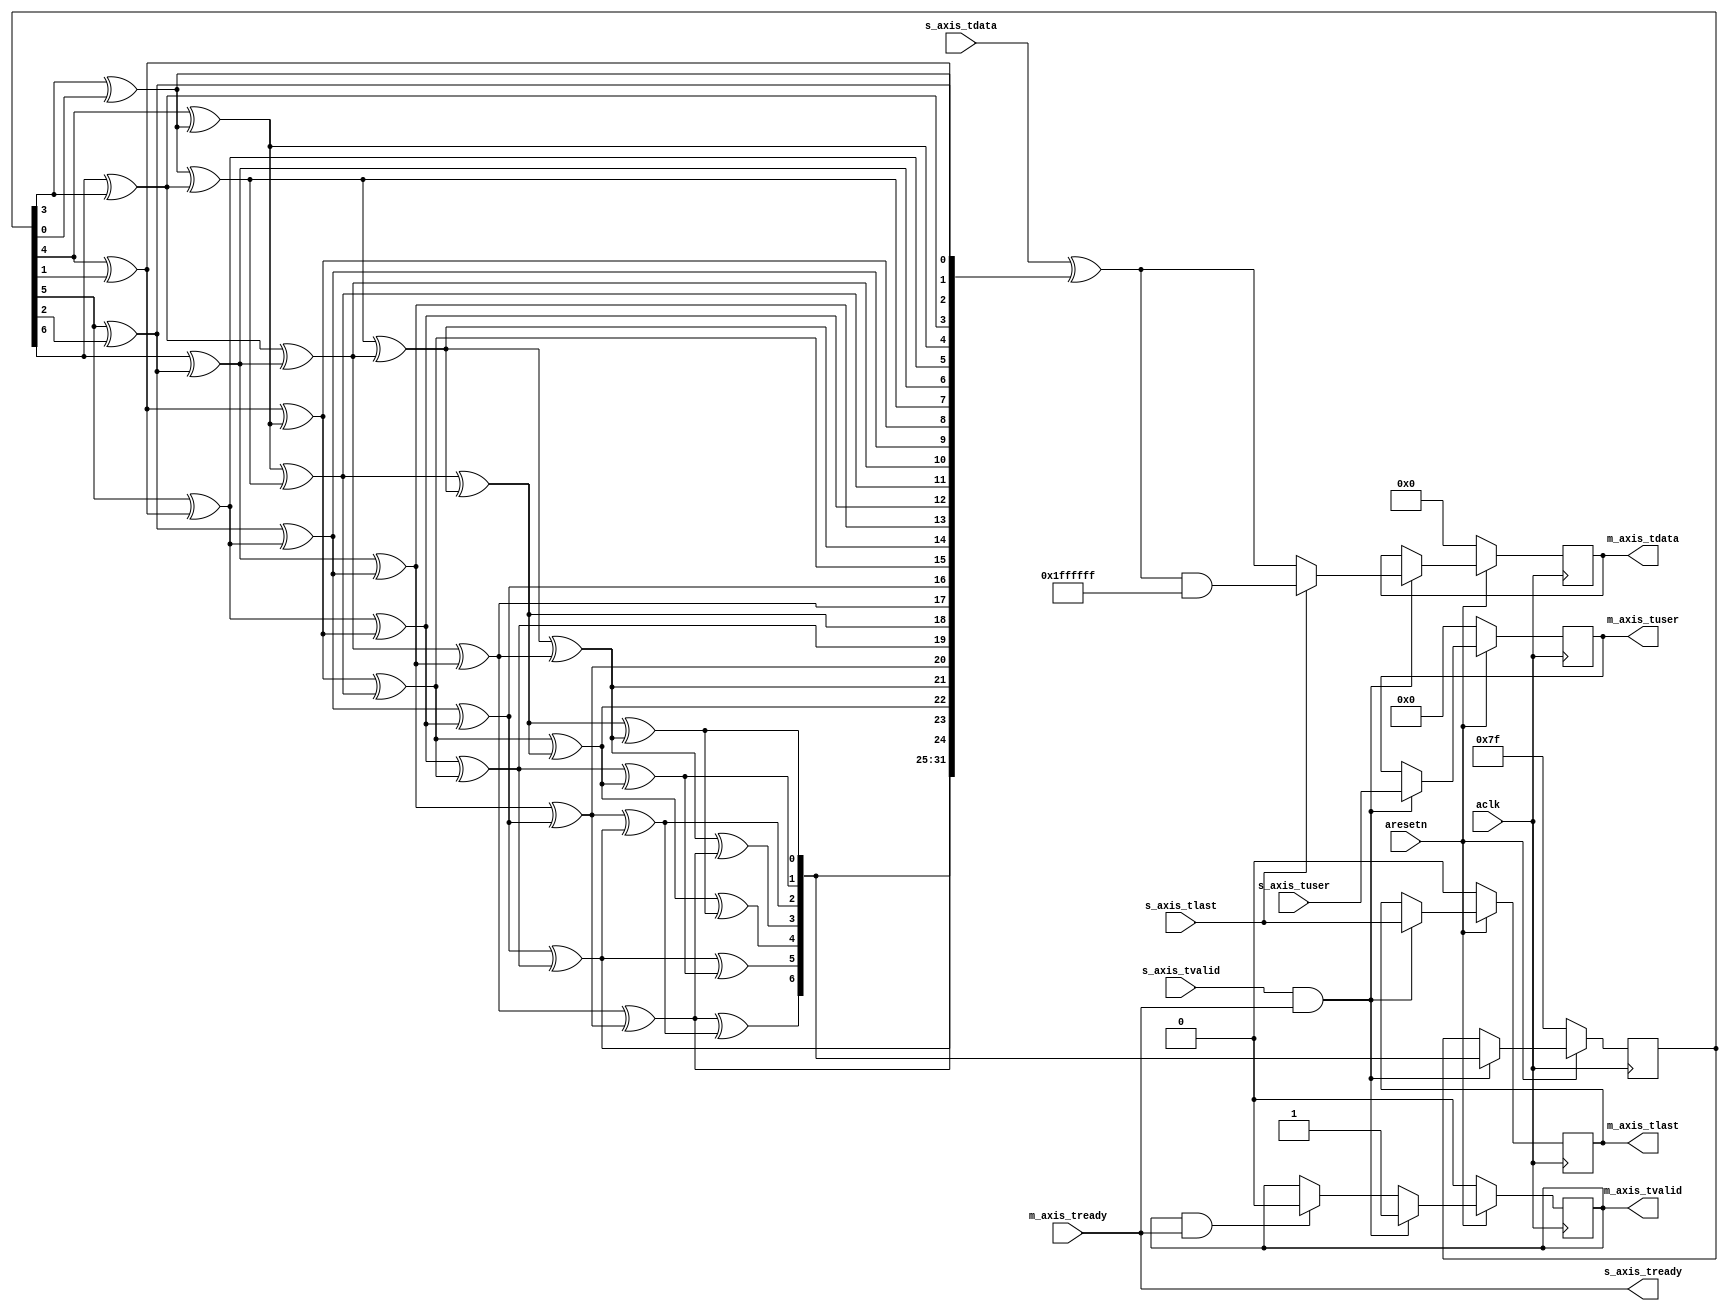
`timescale 1ns / 1ps

/**
 * Radio
 * IEEE 802.11 OFDM PHY Scrambler
 *
 *   +------+  +------+  +------+   +------+  +------+  +------+  +------+
 * +-|R(n-7)|<-|R(n-6)|<-|R(n-5)|<--|R(n-4)|<-|R(n-3)|<-|R(n-2)|<-|R(n-1)|<-+
 * | +------+  +------+  +------+ | +------+  +------+  +------+  +------+  |
 * |                              v                                         |
 * +---------------------------->(+)----------------------------------------+
 *                                |                   R(n)
 *                                v
 * D(n)------------------------->(+)-----------------------------------> S(n)
 *
 * R(n+k)   = R(n+k-7) + R(n+k-4)
 * ...
 * R(n+k+4) = R(n+k-3) + R(n+k)
 * ...
 * R(n+k+7) = R(n+k) + R(n+k+3)
 *
 * R(n)   = R(n-7) + R(n-4)
 * R(n+1) = R(n-6) + R(n-3)
 * R(n+2) = R(n-5) + R(n-2)
 * R(n+3) = R(n-4) + R(n-1)
 * R(n+4) = R(n-3) + R(n)   = R(n-7) + R(n-4) + R(n-3)
 * R(n+5) = R(n-2) + R(n+1) = R(n-6) + R(n-3) + R(n-2)
 * R(n+6) = R(n-1) + R(n+2) = R(n-5) + R(n-2) + R(n-1)
 * R(n+7) = R(n)   + R(n+3) = R(n-7) + R(n-1)
 * R(n+8) = R(n+1) + R(n+4) = R(n-7) + R(n-6) + R(n-4)
 * R(n+9) = R(n+2) + R(n+5) = R(n-6) + R(n-5) + R(n-3)
 * ...
 * R(n+12) = R(n-3) + R(n-2) + R(n) = R(n-7) + R(n-4) + R(n-3) + R(n-2)
 * ...
 *
 * S(n) = D(n) + R(n)
 */
module scrambler
 #(parameter WIDTH = 32,
   parameter SEED = 7'b1111111)
  (input aclk,
   input aresetn,

   input [WIDTH-1:0] s_axis_tdata,
   input [3:0] s_axis_tuser,
   input s_axis_tvalid,
   output s_axis_tready,
   input s_axis_tlast,

   output reg [WIDTH-1:0] m_axis_tdata,
   output reg [3:0] m_axis_tuser,
   output reg m_axis_tvalid,
   input m_axis_tready,
   output reg m_axis_tlast);

  localparam TAIL_MASK = {{7{1'b0}}, {(WIDTH-7){1'b1}}};

  // We are ready whenever downstream is ready
  wire axis_tready_int = m_axis_tready;
  assign s_axis_tready = axis_tready_int;

  wire m_handshake = m_axis_tvalid && axis_tready_int;
  wire s_handshake = s_axis_tvalid && axis_tready_int;

  // LFSR with generator polynomial: s^7 + s^4 + 1
  // Note: R(n-1) = lfsr[6] .. R(n-7) = lfsr[0]
  reg [6:0] lfsr = SEED;
  wire [WIDTH-1:0] fb;

  genvar i;
  generate
    for (i = 0; i < WIDTH; i = i + 1) begin : gen_feedback
      if (i < 4)
        assign fb[i] = lfsr[i+3] ^ lfsr[i];
      else if (i < 7)
        assign fb[i] = lfsr[i] ^ fb[i-4];
      else
        assign fb[i] = fb[i-7] ^ fb[i-4];
    end
  endgenerate

  // AXI-Stream Interface
  always @(posedge aclk)
    if (~aresetn) begin
      m_axis_tdata <= {WIDTH{1'b0}};
      m_axis_tuser <= 4'h0;
      m_axis_tlast <= 1'b0;
      m_axis_tvalid <= 1'b0;
    end
    else if (s_handshake) begin
      if (s_axis_tlast)
        m_axis_tdata <= (s_axis_tdata ^ fb) & TAIL_MASK;
      else
        m_axis_tdata <= s_axis_tdata ^ fb;
      m_axis_tuser <= s_axis_tuser;
      m_axis_tlast <= s_axis_tlast;
      m_axis_tvalid <= 1'b1;
    end
    else if (m_handshake)
      m_axis_tvalid <= 1'b0;

  // LFSR
  always @(posedge aclk)
    if (~aresetn)
      lfsr <= SEED;
    else if (s_handshake)
      lfsr <= fb[WIDTH-1:WIDTH-7];

endmodule